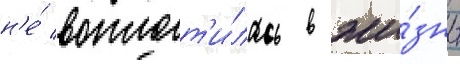
н'е́ воплот'и́лась в жи́знь